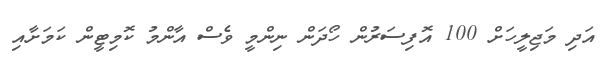
އަދި މަޖިލީހަށް 100 އޮފިސަރުން ހޯދަން ނިންމީ ވެސް އާންމު ކޮމިޓީން ކަމަށާއި